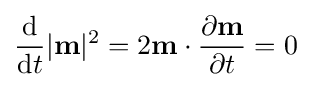
{\frac {\mathrm {d} }{\mathrm {d} t}}|\mathbf {m} |^{2}=2\mathbf {m} \cdot {\frac {\partial \mathbf {m} }{\partial t}}=0